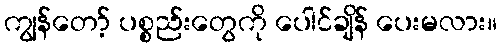
ကျွန်တော့် ပစ္စည်းတွေကို ပေါင်ချိန် ပေးမလား။